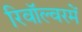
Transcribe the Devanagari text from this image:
रिवॉल्वरमें